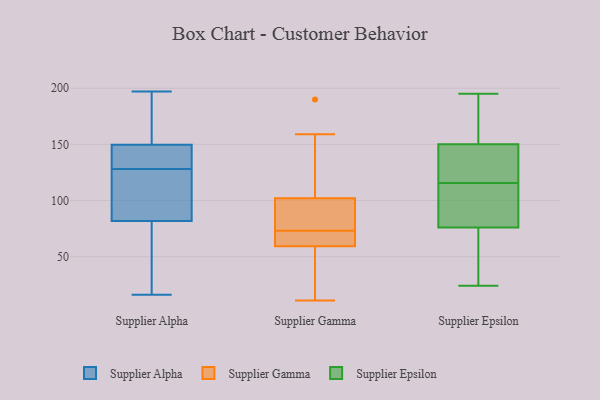
{"axis": {"x": "Market Share (%)", "y": "Value"}, "legend": ["Supplier Alpha", "Supplier Epsilon", "Supplier Gamma"], "data": [{"x": "", "y": 167, "type": "Supplier Alpha"}, {"x": "", "y": 128, "type": "Supplier Alpha"}, {"x": "", "y": 197, "type": "Supplier Alpha"}, {"x": "", "y": 194, "type": "Supplier Alpha"}, {"x": "", "y": 99, "type": "Supplier Alpha"}, {"x": "", "y": 133, "type": "Supplier Alpha"}, {"x": "", "y": 154, "type": "Supplier Alpha"}, {"x": "", "y": 16, "type": "Supplier Alpha"}, {"x": "", "y": 137, "type": "Supplier Alpha"}, {"x": "", "y": 133, "type": "Supplier Alpha"}, {"x": "", "y": 55, "type": "Supplier Alpha"}, {"x": "", "y": 111, "type": "Supplier Alpha"}, {"x": "", "y": 103, "type": "Supplier Alpha"}, {"x": "", "y": 76, "type": "Supplier Alpha"}, {"x": "", "y": 43, "type": "Supplier Alpha"}, {"x": "", "y": 58, "type": "Supplier Gamma"}, {"x": "", "y": 99, "type": "Supplier Gamma"}, {"x": "", "y": 26, "type": "Supplier Gamma"}, {"x": "", "y": 63, "type": "Supplier Gamma"}, {"x": "", "y": 11, "type": "Supplier Gamma"}, {"x": "", "y": 190, "type": "Supplier Gamma"}, {"x": "", "y": 73, "type": "Supplier Gamma"}, {"x": "", "y": 103, "type": "Supplier Gamma"}, {"x": "", "y": 159, "type": "Supplier Gamma"}, {"x": "", "y": 94, "type": "Supplier Gamma"}, {"x": "", "y": 65, "type": "Supplier Gamma"}, {"x": "", "y": 125, "type": "Supplier Epsilon"}, {"x": "", "y": 100, "type": "Supplier Epsilon"}, {"x": "", "y": 90, "type": "Supplier Epsilon"}, {"x": "", "y": 142, "type": "Supplier Epsilon"}, {"x": "", "y": 150, "type": "Supplier Epsilon"}, {"x": "", "y": 170, "type": "Supplier Epsilon"}, {"x": "", "y": 76, "type": "Supplier Epsilon"}, {"x": "", "y": 114, "type": "Supplier Epsilon"}, {"x": "", "y": 155, "type": "Supplier Epsilon"}, {"x": "", "y": 24, "type": "Supplier Epsilon"}, {"x": "", "y": 141, "type": "Supplier Epsilon"}, {"x": "", "y": 117, "type": "Supplier Epsilon"}, {"x": "", "y": 70, "type": "Supplier Epsilon"}, {"x": "", "y": 114, "type": "Supplier Epsilon"}, {"x": "", "y": 53, "type": "Supplier Epsilon"}, {"x": "", "y": 168, "type": "Supplier Epsilon"}, {"x": "", "y": 195, "type": "Supplier Epsilon"}, {"x": "", "y": 47, "type": "Supplier Epsilon"}]}